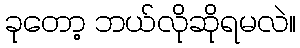
ခုတော့ ဘယ်လိုဆိုရမလဲ။